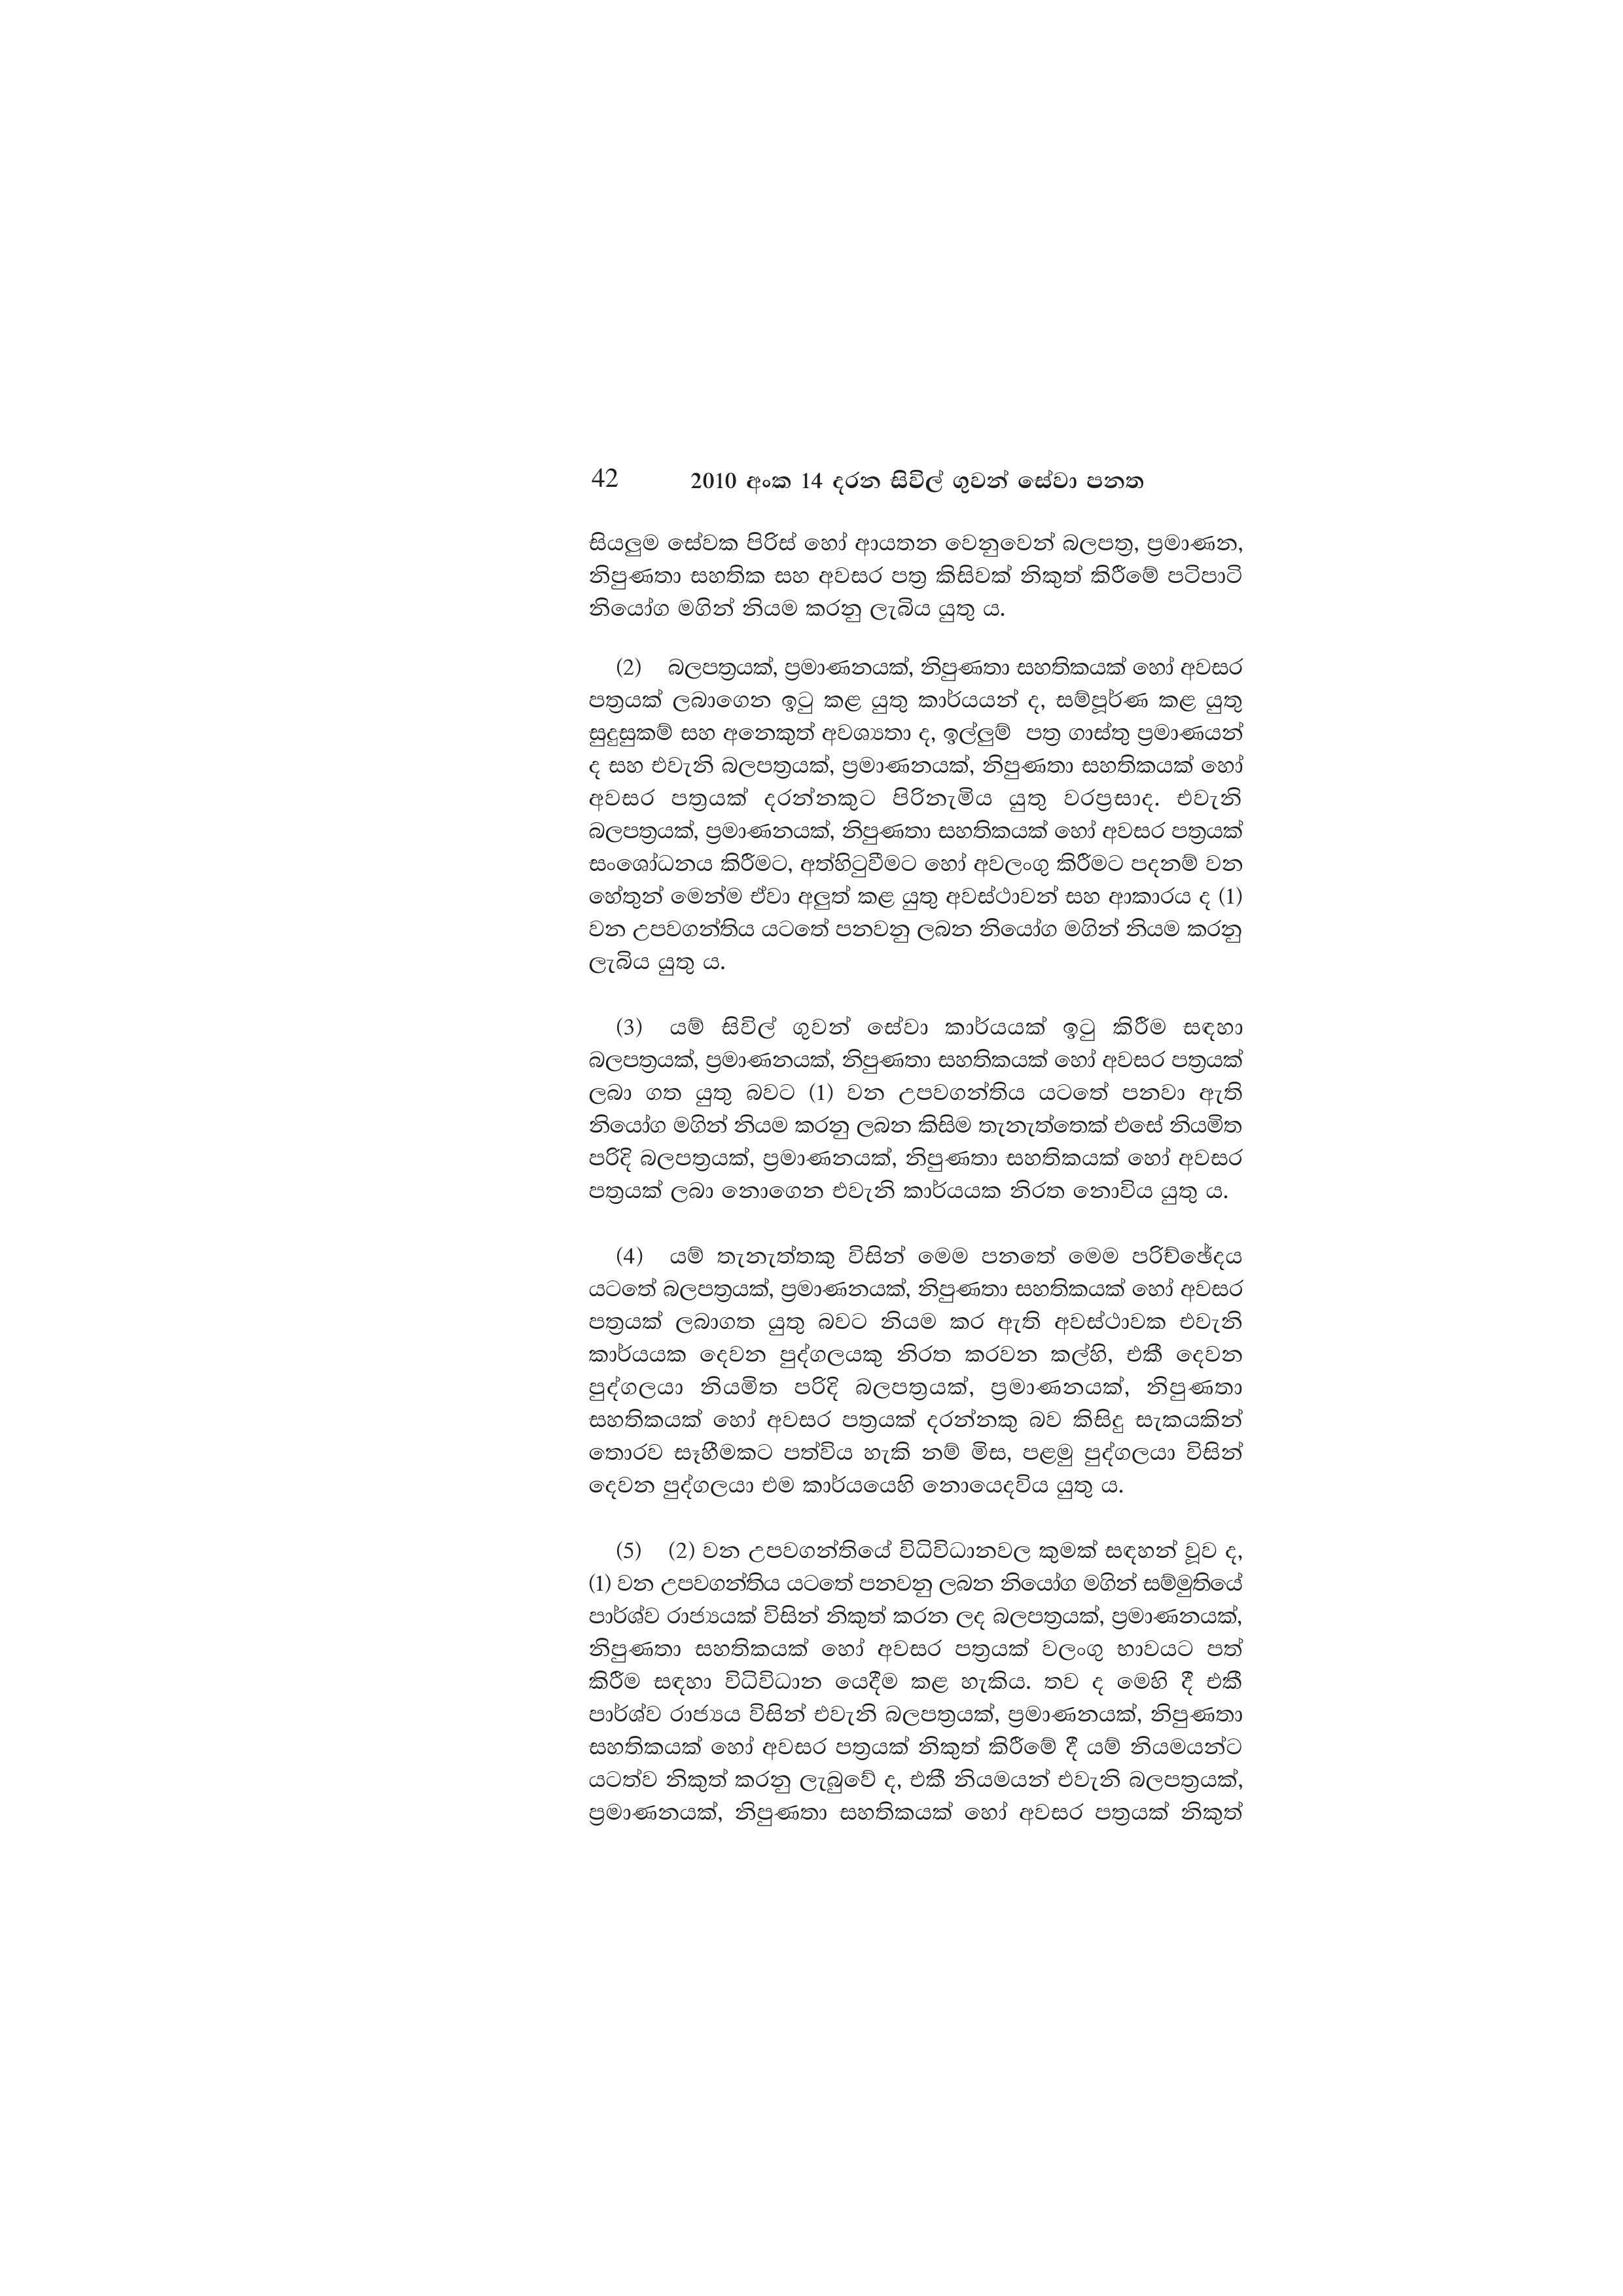
42 2010 අංක 14 දරන සිවිල් ගුවන් සේවා පනත

සියලුම සේවක පිරිස් හෝ ආයතන වෙනුවෙන් බලපත්‍ර, ප්‍රමාණන,
නිපුණතා සහතික සහ අවසර පත්‍ර කිසිවක් නිකුත් කිරීමේ පටිපාටි
නියෝග මගින් නියම කරනු ලැබිය යුතු ය.

(2) බලපත්‍රයක්, ප්‍රමාණනයක්, නිපුණතා සහතිකයක් හෝ අවසර
පත්‍රයක් ලබාගෙන ඉටු කළ යුතු කාර්යයන් ද, සම්පූර්ණ කළ යුතු
සුදුසුකම් සහ අනෙකුත් අවශ්‍යතා ද, ඉල්ලුම් පත්‍ර ගාස්තු ප්‍රමාණයන්
ද සහ එවැනි බලපත්‍රයක්, ප්‍රමාණනයක්, නිපුණතා සහතිකයක් හෝ
අවසර පත්‍රයක් දරන්නකුට පිරිනැමිය යුතු වරප්‍රසාද. එවැනි
බලපත්‍රයක්, ප්‍රමාණනයක්, නිපුණතා සහතිකයක් හෝ අවසර පත්‍රයක්
සංශෝධනය කිරීමට, අත්හිටුවීමට හෝ අවලංගු කිරීමට පදනම් වන
හේතුන් මෙන්ම ඒවා අලුත් කළ යුතු අවස්ථාවන් සහ ආකාරය ද (1)
වන උපවගන්තිය යටතේ පනවනු ලබන නියෝග මගින් නියම කරනු
ලැබිය යුතු ය.

(3) යම් සිවිල් ගුවන් සේවා කාර්යයක් ඉටු කිරීම සඳහා
බලපත්‍රයක්, ප්‍රමාණනයක්, නිපුණතා සහතිකයක් හෝ අවසර පත්‍රයක්
ලබා ගත යුතු බවට (1) වන උපවගන්තිය යටතේ පනවා ඇති
නියෝග මගින් නියම කරනු ලබන කිසිම තැනැත්තෙක් එසේ නියමිත
පරිදි බලපත්‍රයක්, ප්‍රමාණනයක්, නිපුණතා සහතිකයක් හෝ අවසර
පත්‍රයක් ලබා නොගෙන එවැනි කාර්යයක නිරත නොවිය යුතු ය.

(4) යම් තැනැත්තකු විසින් මෙම පනතේ මෙම පරිච්ඡේදය
යටතේ බලපත්‍රයක්, ප්‍රමාණනයක්, නිපුණතා සහතිකයක් හෝ අවසර
පත්‍රයක් ලබාගත යුතු බවට නියම කර ඇති අවස්ථාවක එවැනි
කාර්යයක දෙවන පුද්ගලයකු නිරත කරවන කල්හි, එකී දෙවන
පුද්ගලයා නියමිත පරිදි බලපත්‍රයක්, ප්‍රමාණනයක්, නිපුණතා
සහතිකයක් හෝ අවසර පත්‍රයක් දරන්නකු බව කිසිදු සැකයකින්
තොරව සෑහීමකට පත්විය හැකි නම් මිස, පළමු පුද්ගලයා විසින්
දෙවන පුද්ගලයා එම කාර්යයෙහි නොයෙදවිය යුතු ය.

(5) (2) වන උපවගන්තියේ විධිවිධානවල කුමක් සඳහන් වූව ද,
(1) වන උපවගන්තිය යටතේ පනවනු ලබන නියෝග මගින් සම්මුතියේ
පාර්ශ්ව රාජ්‍යයක් විසින් නිකුත් කරන ලද බලපත්‍රයක්, ප්‍රමාණනයක්,
නිපුණතා සහතිකයක් හෝ අවසර පත්‍රයක් වලංගු භාවයට පත්
කිරීම සඳහා විධිවිධාන යෙදීම කළ හැකිය. තව ද මෙහි දී එකී
පාර්ශ්ව රාජ්‍යය විසින් එවැනි බලපත්‍රයක්, ප්‍රමාණනයක්, නිපුණතා
සහතිකයක් හෝ අවසර පත්‍රයක් නිකුත් කිරීමේ දී යම් නියමයන්ට
යටත්ව නිකුත් කරනු ලැබුවේ ද, එකී නියමයන් එවැනි බලපත්‍රයක්,
ප්‍රමාණනයක්, නිපුණතා සහතිකයක් හෝ අවසර පත්‍රයක් නිකුත්